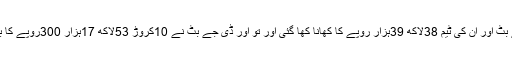
دھرنوں کے دوران تو ڈی جے بٹ اور ان کی ٹیم 38لاکھ 39ہزار روپے کا کھانا کھا گئی اور تو اور ڈی جے بٹ نے 10کروڑ 53لاکھ 17ہزار 300روپے کا بل متفرق اخراجات میں ڈال دیا۔